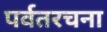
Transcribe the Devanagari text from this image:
पर्वतरचना